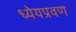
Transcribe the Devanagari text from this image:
ध्येयप्रवण